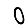
Digit: 0